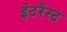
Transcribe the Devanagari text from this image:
इंटरैस्ट